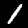
Digit: 1